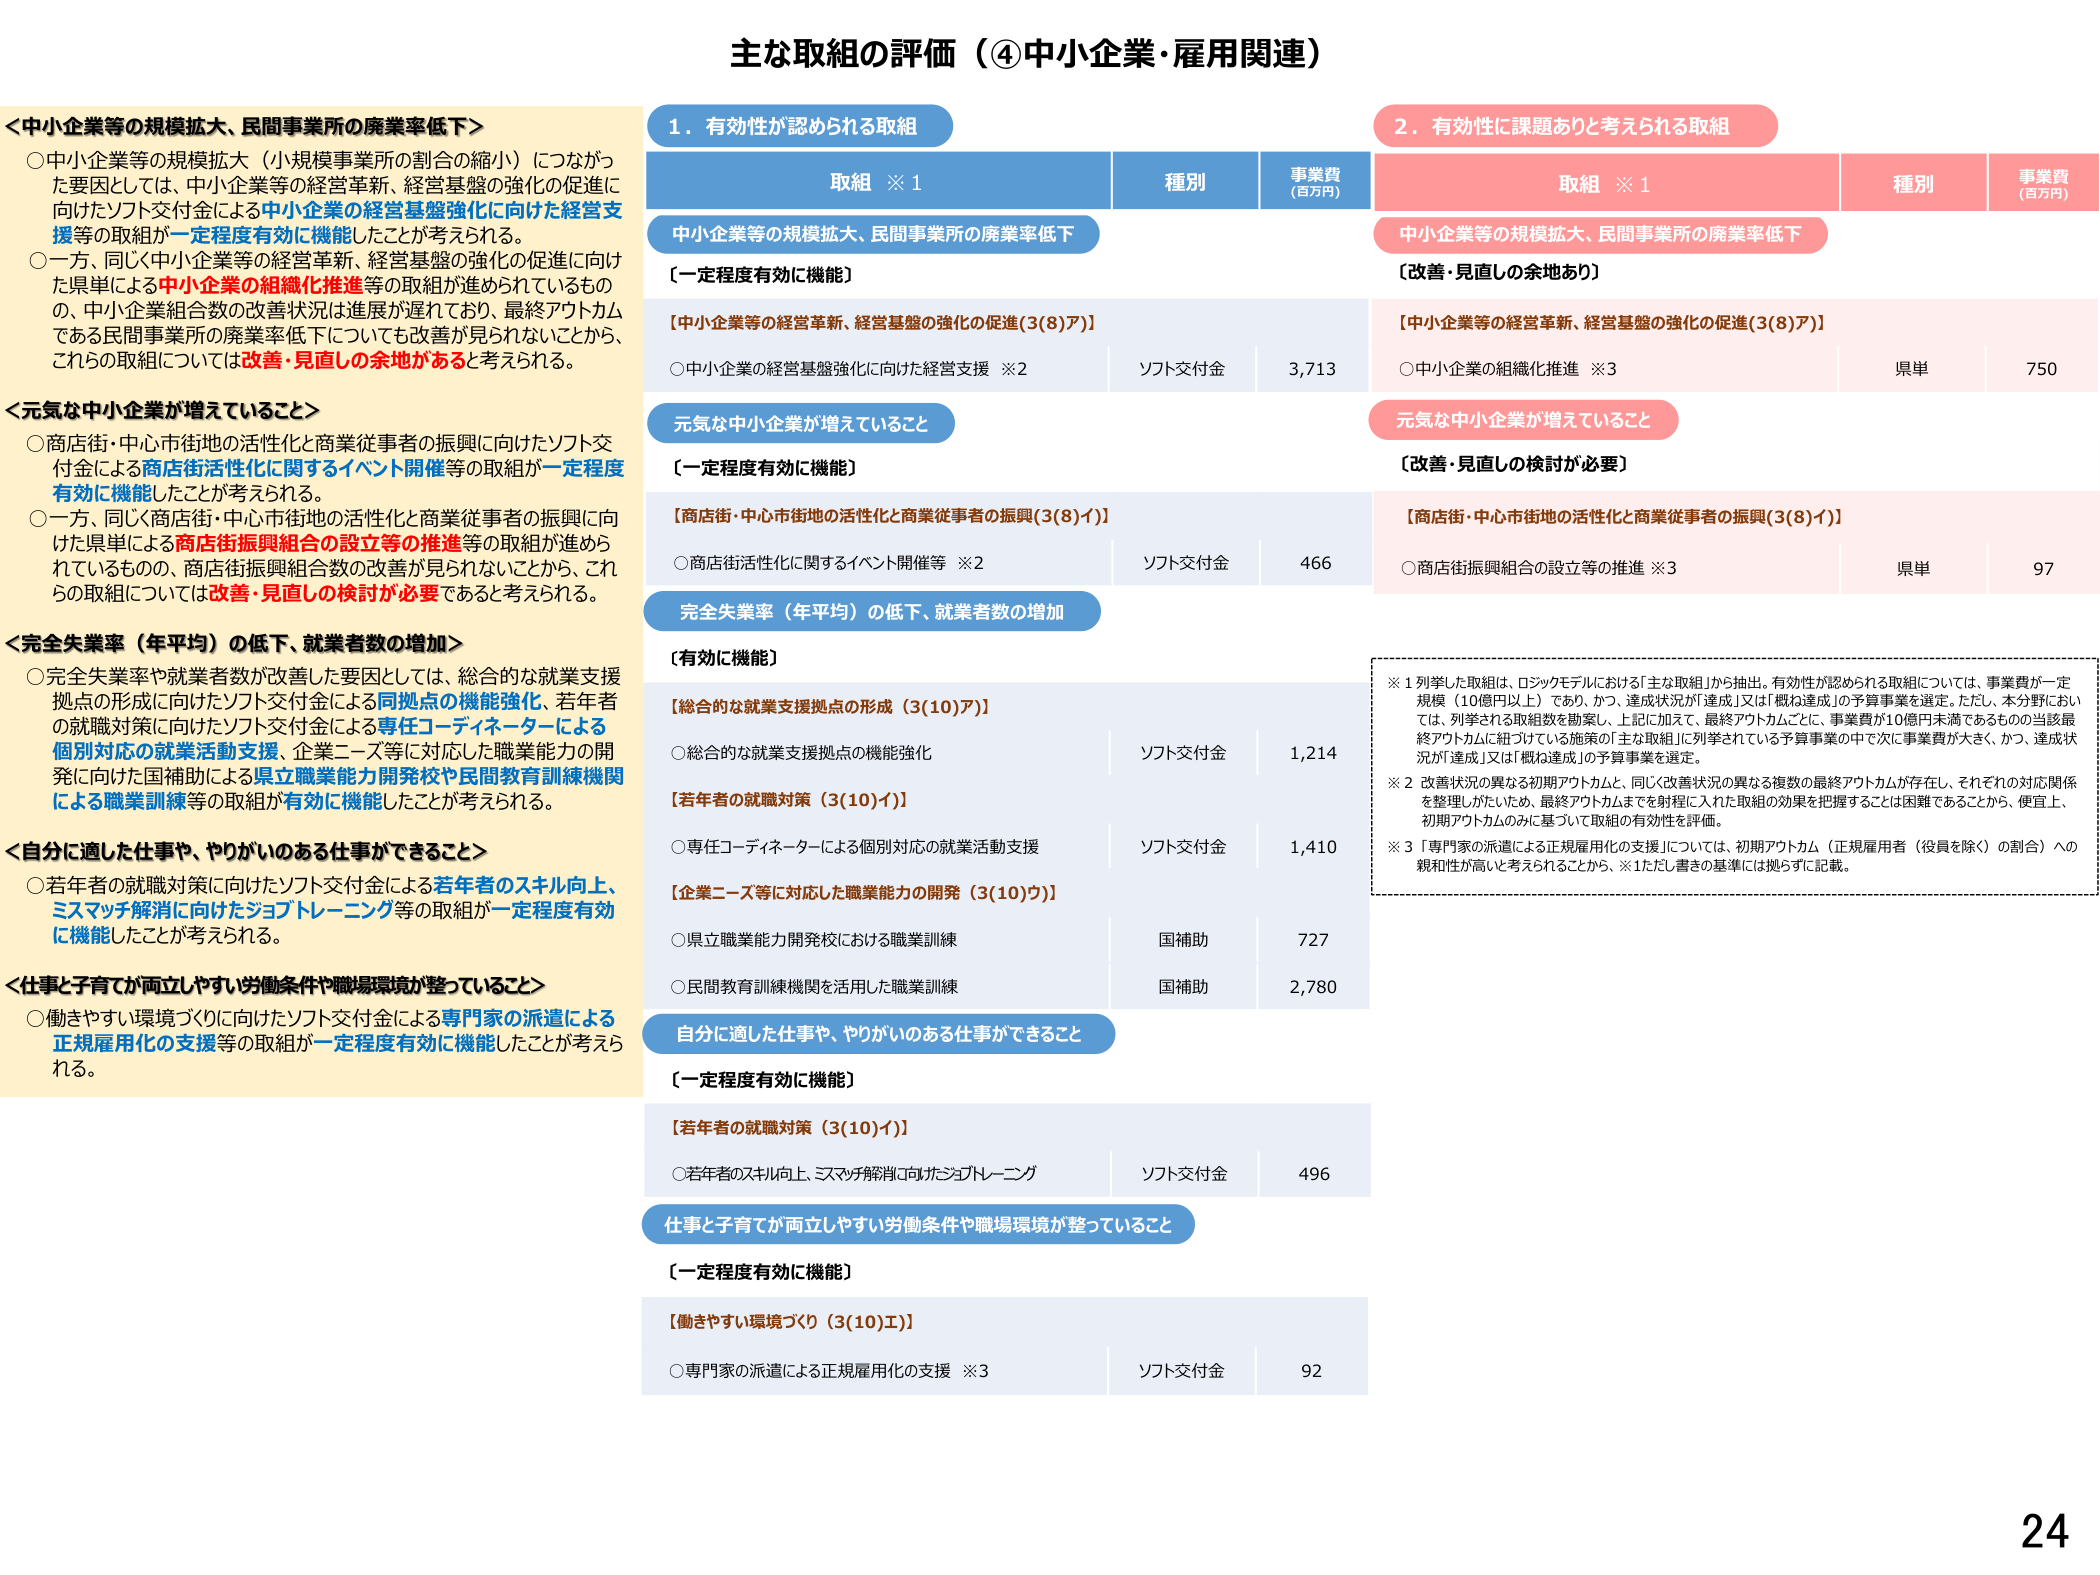
主な取組の評価（④中小企業・雇用関連）

＜中小企業等の規模拡大、民間事業所の廃業率低下＞
○中小企業等の規模拡大（小規模事業所の割合の縮小）につながった要因としては、中小企業等の経営革新、経営基盤の強化の促進に向けたソフト交付金による中小企業の経営基盤強化に向けた経営支援等の取組が一定程度有効に機能したことが考えられる。
○一方、同じく中小企業等の経営革新、経営基盤の強化の促進に向けた県単による中小企業の組織化推進等の取組が進められているものの、中小企業組合数の改善状況は進展が遅れており、最終アウトカムである民間事業所の廃業率低下についても改善が見られないことから、これらの取組については改善・見直しの余地があると考えられる。

＜元気な中小企業が増えていること＞
○商店街・中心市街地の活性化と商業従事者の振興に向けたソフト交付金による商店街活性化に関するイベント開催等の取組が一定程度有効に機能したことが考えられる。
○一方、同じく商店街・中心市街地の活性化と商業従事者の振興に向けた県単による商店街振興組合の設立等の推進等の取組が進められているものの、商店街振興組合数の改善が見られないことから、これらの取組については改善・見直しの検討が必要であると考えられる。

＜完全失業率（年平均）の低下、就業者数の増加＞
○完全失業率や就業者数が改善した要因としては、総合的な就業支援拠点の形成に向けたソフト交付金による同拠点の機能強化、若年者の就職対策に向けたソフト交付金による専任コーディネーターによる個別対応の就業活動支援、企業ニーズ等に対応した職業能力の開発に向けた国補助による県立職業能力開発校や民間教育訓練機関による職業訓練等の取組が有効に機能したことが考えられる。

＜自分に適した仕事や、やりがいのある仕事ができること＞
○若年者の就職対策に向けたソフト交付金による若年者のスキル向上、ミスマッチ解消に向けたジョブトレーニング等の取組が一定程度有効に機能したことが考えられる。

＜仕事と子育てが両立しやすい労働条件や職場環境が整っていること＞
○働きやすい環境づくりに向けたソフト交付金による専門家の派遣による正規雇用化の支援等の取組が一定程度有効に機能したことが考えられる。

1．有効性が認められる取組
取組 ※1 種別 事業費（百万円）
中小企業等の規模拡大、民間事業所の廃業率低下
〔一定程度有効に機能〕
【中小企業等の経営革新、経営基盤の強化の促進（3(8)ア）】
○中小企業の経営基盤強化に向けた経営支援 ※2 ソフト交付金 3,713

元気な中小企業が増えていること
〔一定程度有効に機能〕
【商店街・中心市街地の活性化と商業従事者の振興（3(8)イ）】
○商店街活性化に関するイベント開催等 ※2 ソフト交付金 466

完全失業率（年平均）の低下、就業者数の増加
〔有効に機能〕
【総合的な就業支援拠点の形成（3(10)ア）】
○総合的な就業支援拠点の機能強化 ソフト交付金 1,214
【若年者の就職対策（3(10)イ）】
○専任コーディネーターによる個別対応の就業活動支援 ソフト交付金 1,410
【企業ニーズ等に対応した職業能力の開発（3(10)ウ）】
○県立職業能力開発校における職業訓練 国補助 727
○民間教育訓練機関を活用した職業訓練 国補助 2,780

自分に適した仕事や、やりがいのある仕事ができること
〔一定程度有効に機能〕
【若年者の就職対策（3(10)イ）】
○若年者のスキル向上、ミスマッチ解消に向けたジョブトレーニング ソフト交付金 496

仕事と子育てが両立しやすい労働条件や職場環境が整っていること
〔一定程度有効に機能〕
【働きやすい環境づくり（3(10)エ）】
○専門家の派遣による正規雇用化の支援 ※3 ソフト交付金 92

2．有効性に課題ありと考えられる取組
取組 ※1 種別 事業費（百万円）
中小企業等の規模拡大、民間事業所の廃業率低下
〔改善・見直しの余地あり〕
【中小企業等の経営革新、経営基盤の強化の促進（3(8)ア）】
○中小企業の組織化推進 ※3 県単 750

元気な中小企業が増えていること
〔改善・見直しの検討が必要〕
【商店街・中心市街地の活性化と商業従事者の振興（3(8)イ）】
○商店街振興組合の設立等の推進 ※3 県単 97

※1 列挙した取組は、ロジックモデルにおける「主な取組」から抽出。有効性が認められる取組については、事業費が一定規模（10億円以上）であり、かつ、達成状況が「達成」又は「概ね達成」の予算事業を選定。ただし、本分野においては、列挙される取組数を勘案し、上記に加えて、最終アウトカムごとに、事業費が10億円未満であるものの当該最終アウトカムに紐づけている施策の「主な取組」に列挙されている予算事業の中で次に事業費が大きく、かつ、達成状況が「達成」又は「概ね達成」の予算事業を選定。
※2 改善状況の異なる初期アウトカムと、同じ改善状況の異なる複数の最終アウトカムが存在し、それぞれの対応関係を整理しがたいため、最終アウトカムまでを射程に入れた取組の効果を把握することは困難であることから、便宜上、初期アウトカムのみに基づいて取組の有効性を評価。
※3 「専門家の派遣による正規雇用化の支援」については、初期アウトカム（正規雇用者（役員を除く）の割合）への親和性が高いと考えられることから、※1ただし書きの基準には拠らずに記載。

24